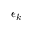
\epsilon _ { k }